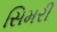
સિમરી